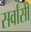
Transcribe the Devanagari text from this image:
सर्वांसी